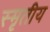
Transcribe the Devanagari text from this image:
स्मृतीय